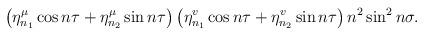
LaTeX: \begin{align*}\left( \eta _{n_{1}}^{\mu }\cos n\tau +\eta _{n_{2}}^{\mu }\sin n\tau\right) \left( \eta _{n_{1}}^{v}\cos n\tau +\eta _{n_{2}}^{v}\sin n\tau\right) n^{2}\sin ^{2}n\sigma . \end{align*}